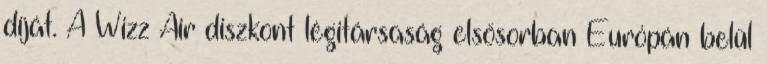
díját. A Wizz Air diszkont légitársaság elsősorban Európán belül